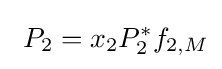
\ P_{2}=x_{2}P_{2}^{*}f_{2,M}